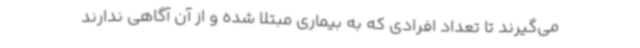
می‌گیرند تا تعداد افرادی که به بیماری مبتلا شده و از آن آگاهی ندارند